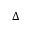
\Delta